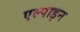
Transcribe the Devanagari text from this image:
एल्‍पाइन